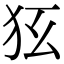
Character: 𤝃